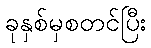
ခုနှစ်မှစတင်ပြီး